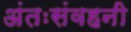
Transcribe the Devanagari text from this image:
अंतःसंवहनी